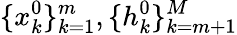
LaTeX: \{ x_{k}^{0}\} _{k=1}^{m},\{ h_{k}^{0}\} _{k=m+1}^{M}